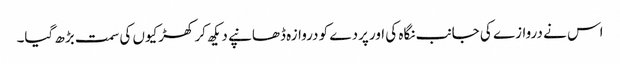
اس نے دروازے کی جانب نگاہ کی اور پردے کو دروازہ ڈھانپے دیکھ کر کھڑکیوں کی سمت بڑھ گیا۔